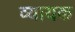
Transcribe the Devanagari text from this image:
व्यायक